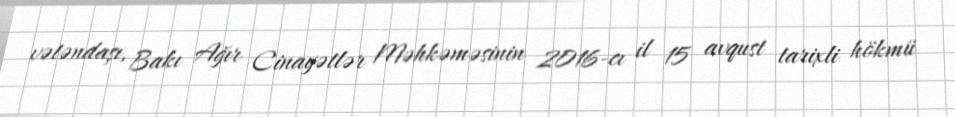
vətəndaşı, Bakı Ağır Cinayətlər Məhkəməsinin 2016-cı il 15 avqust tarixli hökmü